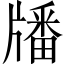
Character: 𤗹